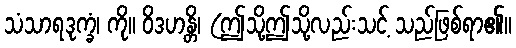
သံသာရဒုက္ခံ၊ ကို။ ဝိဒဟန္တိ၊ (ဤသို့ဤသို့လည်းသင့် သည်ဖြစ်ရာ၏။